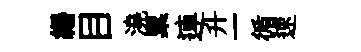
緡目澆粟連升一循速